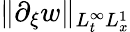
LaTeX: \| \partial_{\xi}w\| _{L_{t}^{\infty}L_{x}^{1}}